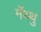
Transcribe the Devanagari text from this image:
मॅथ्थु